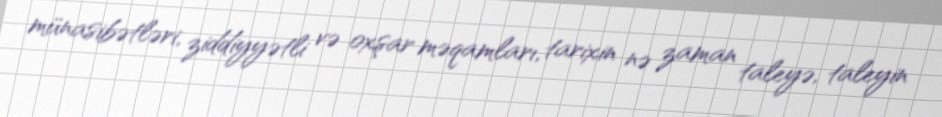
münasibətləri, ziddiyyətli və oxşar məqamları, tarixin nə zaman taleyə, taleyin